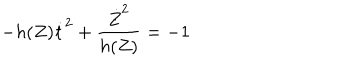
LaTeX: - h ( Z ) \dot { t } ^ { 2 } + \frac { \dot { Z } ^ { 2 } } { h ( Z ) } = - 1